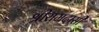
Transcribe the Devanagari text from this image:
श्रीरामदासी